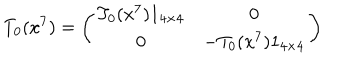
T _ { 0 } ( x ^ { 7 } ) = \left( \begin{array} { c c } { { T _ { 0 } ( x ^ { 7 } ) 1 _ { 4 \times 4 } } } & { { 0 } } \\ { { 0 } } & { { - T _ { 0 } ( x ^ { 7 } ) 1 _ { 4 \times 4 } } } \\ \end{array} \right)